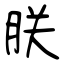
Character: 朕